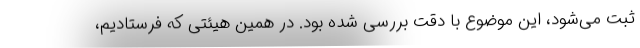
ثبت می‌شود، این موضوع با دقت بررسی شده بود. در همین هیئتی که فرستادیم،